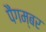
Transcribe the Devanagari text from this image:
पैंगम्‍बर